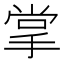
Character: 掌